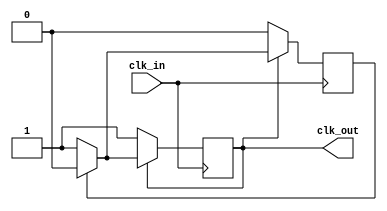
// See LICENSE.SiFive for license details.

/** This black-boxes a Clock Divider by 3.
  * The output clock is phase-aligned to the input clock.
  * Do NOT use this in synthesis; the duty cycle is 2:1.
  *
  * Because Chisel does not support
  * blocking assignments, it is impossible
  * to create a deterministic divided clock.
  *
  *  @param clk_out Divided Clock
  *  @param clk_in  Clock Input
  *
  */

module ClockDivider3 (output reg clk_out, input clk_in);

   reg delay;

   initial begin
     clk_out = 1'b0;
     delay = 1'b0;
   end

   always @(posedge clk_in) begin
      if (clk_out == 1'b0) begin
        clk_out = 1'b1;
        delay <= 1'b0;
      end else if (delay == 1'b1) begin
        clk_out = 1'b0;
        delay <= 1'b0;
      end else begin
        delay <= 1'b1;
      end
   end

endmodule // ClockDivider3